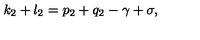
k _ { 2 } + l _ { 2 } = p _ { 2 } + q _ { 2 } - \gamma + \sigma ,